Vaccination in Bombay 1924-1928 - 1924-1928
Year: 1924
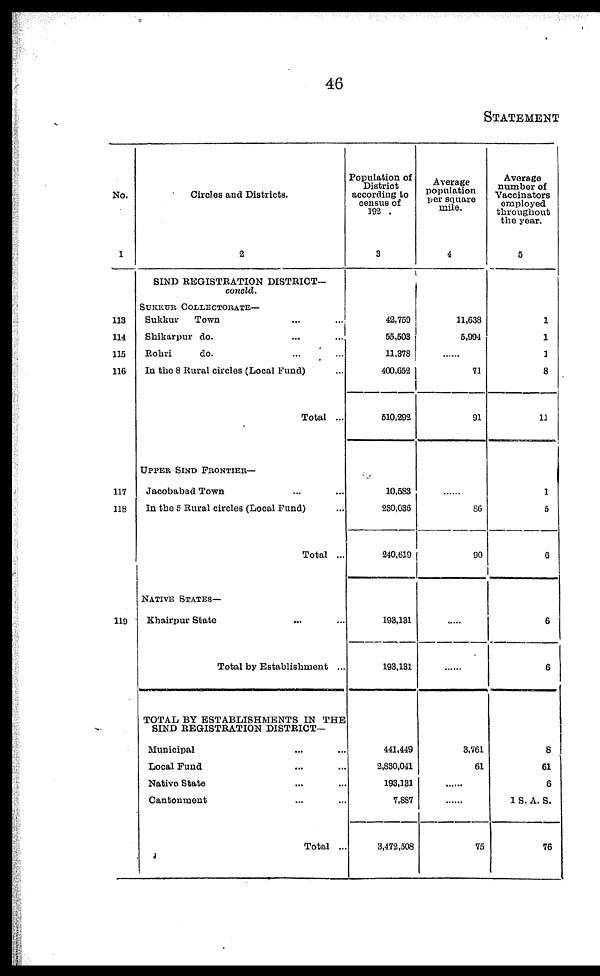
46
STATEMENT
No.
1
113
114
115
116
117
118
119
Circles and Districts.
2
SIND REGISTRATION DISTRICT—
concld.
SUKKUR COLLECTORATE—
Sukkur
Town ... ...
Shikarpur do. ... ...
Rohri
do. ... ...
In the 8 Rural circles (Local Fund) ...
Total ...
UPPER SIND FRONTIER—
Jacobabad Town ... ...
In the 5 Rural circles (Local Fund) ...
Total ...
NATIVE STATES—
Khairpur State ... ...
Total by Establishment ...
TOTAL BY ESTABLISHMENTS IN THE
SIND REGISTRATION DISTRICT—
Municipal ... ...
Local Fund ... ...
Native State ... ...
Cantonment ... ...
Total ...
Population of
District
according to
census of
192 .
3
42,759
55,503
11,378
400,652
510,292
10,583
230,036
240,619
193,131
193,131
441,449
2,830,041
193,131
7,887
3,472,508
Average
population
per square
mile.
4
11,638
5,994
......
71
91
......
86
90
......
......
3,761
61
......
......
75
Average
number of
Vaccinators
employed
throughout
the year.
5
1
1
1
8
11
1
5
6
6
6
8
61
6
1 S. A. S.
76